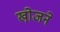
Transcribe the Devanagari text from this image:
खो़जने